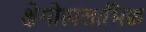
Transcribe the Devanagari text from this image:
क्षेमोत्पलाभिक्व